Notes on vaccination in the North-West Frontier Province 1923-1928 - 1923-1928
Year: 1923
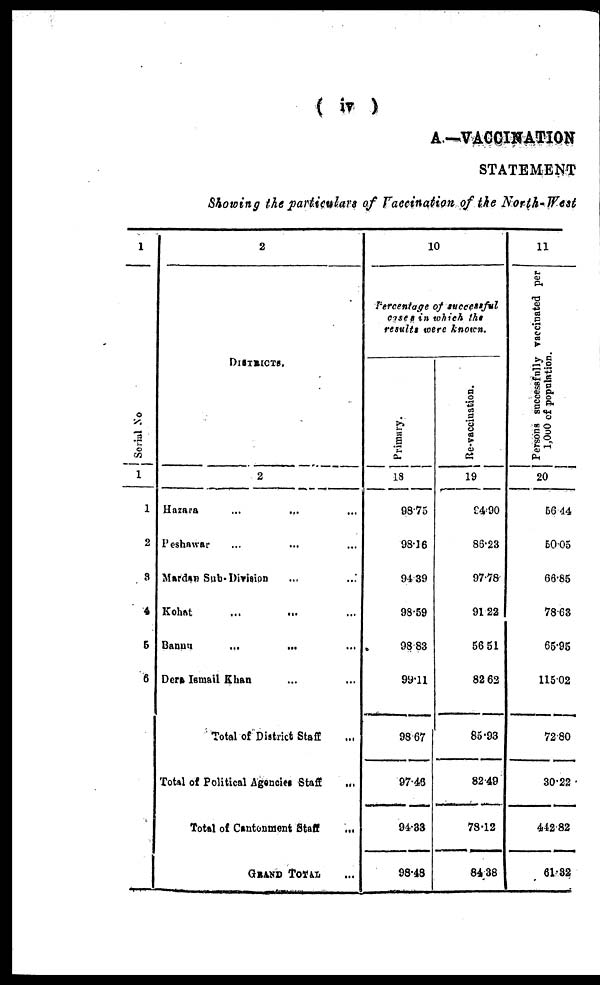
( iv )
A.—VACCINATION
STATEMENT
Showing the particulars of Vaccination of the North-West
1
Serial No
1
1
2
3
4
5
6
2
DISTRICTS.
2
Hazara
...
... ...
Peshawar ... ... ...
Mardan Sub-Division ... ...
Kohat ... ... ...
Banun
...
...
Dera Ismail Khan ... ...
Total of District Staff ...
Total of Political Agencies Staff
...
Total of Cantonment Staff
...
GRAND TOTAL ...
10
Percentage of successful
cases in which the
results were known.
Primary.
18
98.75
98.16
94.39
98.59
98.83
99.11
98.67
97.43
94.33
98.48
Re-vaccination.
19
94.90
86.23
97.78
91.22
56.51
82.62
85.93
82.49
78.12
84.38
11
Persons successfully vaccinated per
1,000 of population.
20
56.44
50.05
66.85
78.63
65.95
115.02
72.80
30.22
442.82
61.32